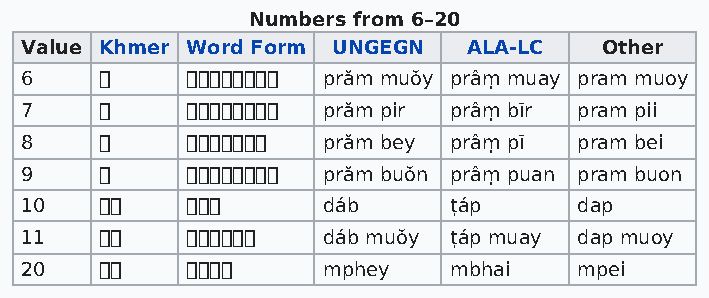
Numbers from 6–20
 Value Khmer Word Form UNGEGN  ALA-LC   Other
 6          prăm muŏy prâṃ muay pram muoy
 7          prăm pir prâṃ bīr pram pii
 8           prăm bey prâṃ pī pram bei
 9          prăm buŏn prâṃ puan pram buon
 10             dáb      ṭáp     dap
 11          dáb muŏy ṭáp muay dap muoy
 20            mphey    mbhai   mpei